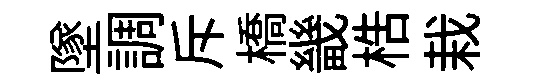
墜調斥橋畿梏栽